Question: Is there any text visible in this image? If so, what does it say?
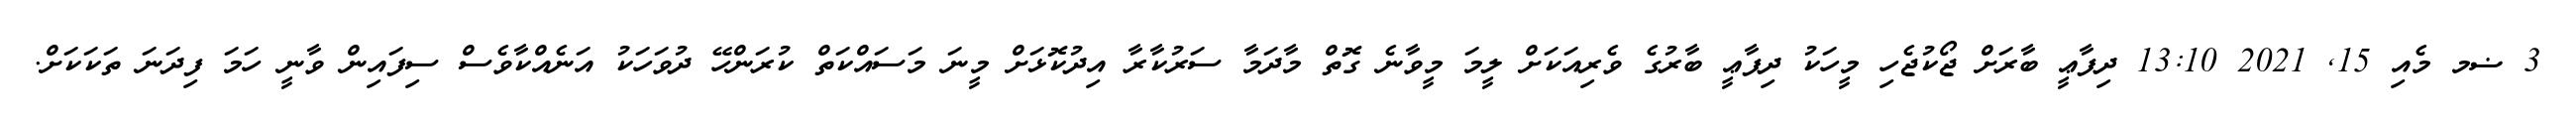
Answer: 3 ޟމ މެއި 15, 2021 13:10 ދިފާޢީ ބާރަށް ޖޯކުޖެހި މީހަކު ދިފާޢީ ބާރުގެ ވެރިއަކަށް ލީމަ މީވާނެ ގޮތް މާދަމާ ސަރުކާރާ އިދުކޮޅަށް މީނަ މަސައްކަތް ކުރަންހޭ ދުވަހަކު އަނެއްކާވެސް ސިފައިން ވާނީ ހަމަ ފިދަނަ ތަކަކަށް.